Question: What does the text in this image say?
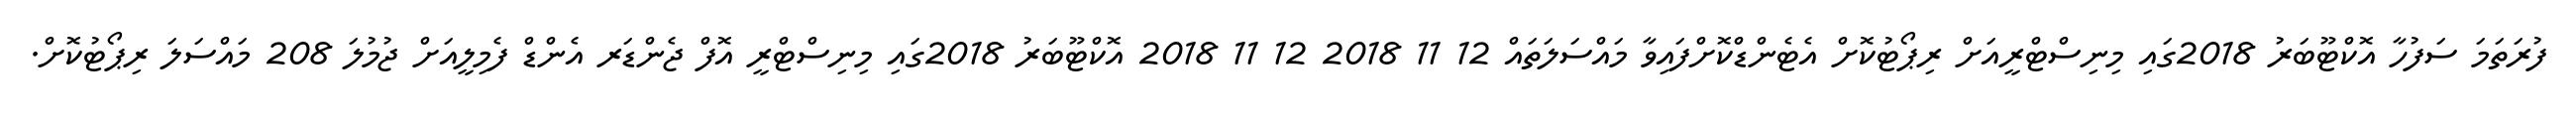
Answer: ފުރަތަމަ ސަފުހާ އޮކްޓޫބަރު 2018ގައި މިނިސްޓްރީއަށް ރިޕޯޓުކޮށް އެޓެންޑްކޮށްފައިވާ މައްސަލަތައް 12 11 2018 12 11 2018 އޮކްޓޫބަރު 2018ގައި މިނިސްޓްރީ އޮފް ޖެންޑަރ އެންޑް ފެމިލީއަށް ޖުމުލަ 208 މައްސަލަ ރިޕޯޓުކޮށް.